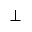
\bot